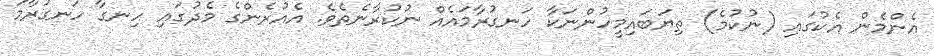
އެންމެން އެކުގައި (ނުކުމެ) ތިޔަބައިމީހުންނަކާ ހަނގުރާމައެއް ނުކުރާނެތެވެ. އެއުރެންގެ މެދުގައި ހިނގާ ހަނގުރާމަ